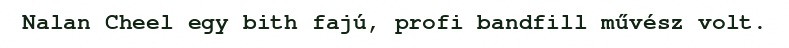
Nalan Cheel egy bith fajú, profi bandfill művész volt.